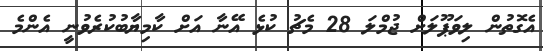
އެގޮތުން ލިވަޕޫލަށް ޖުމްލަ 28 މެޗު ކުޅެ އޭނާ އަށް ކާމިޔާބުކުރެވުނީ އެންމެ